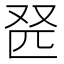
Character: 𫨹